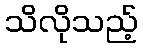
သိလိုသည့်